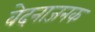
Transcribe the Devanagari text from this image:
वेदनाजनक